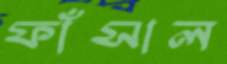
ফাঁসাল